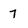
Character: 7